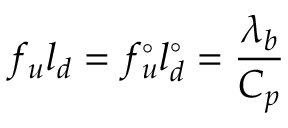
f _ { u } l _ { d } = f _ { u } ^ { \circ } l _ { d } ^ { \circ } = \frac { \lambda _ { b } } { C _ { p } }